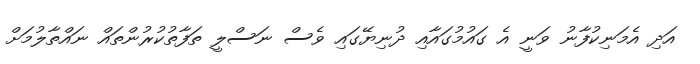
އަދި އެމަނިކުފާނު ވަނީ އެ ގައުމުގައާއި ދުނިޔޭގައި ވެސް ނަސްލީ ތަފާތުކުރުންތައް ނައްތާލުމަށް